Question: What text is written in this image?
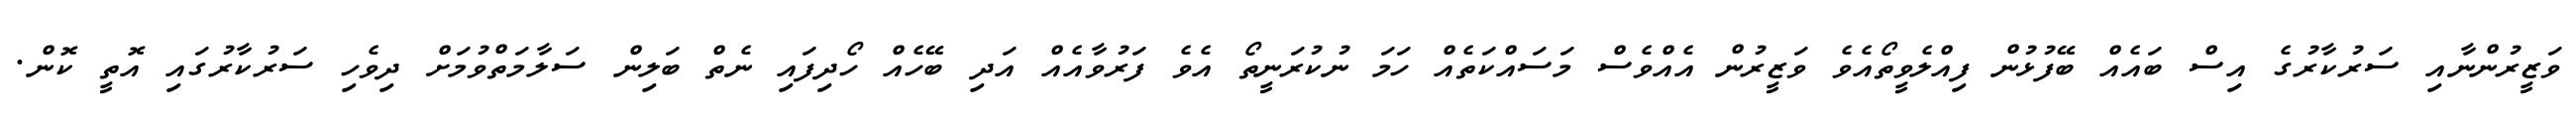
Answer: ވަޒީރުންނާއި ސަރުކާރުގެ އިސް ބައެއް ބޭފުޅުން ފިއްލެވީތޯއެވެ ވަޒީރުން އެއްވެސް މަސައްކަތެއް ހަމަ ނުކުރަނީތޯ އެވެ ފަރުވާއެއް އަދި ބޭހެއް ހޯދިފައި ނެތް ބަލިން ސަލާމަތްވުމަށް ދިވެހި ސަރުކާރުގައި އޮތީ ކޮން.